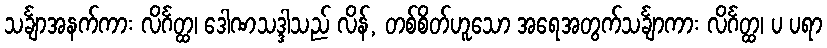
သင်္ချာအနက်ကား လိင်္ဂတ္ထ၊ ဒေါဏသဒ္ဒါသည် လိန်, တစ်စိတ်ဟူသော အရေအတွက်သင်္ချာကား လိင်္ဂတ္ထ၊ ပ ပရာ